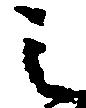
之